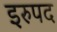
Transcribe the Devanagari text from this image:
इरुपद